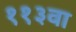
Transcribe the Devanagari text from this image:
११३वा